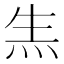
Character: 𤇓